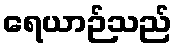
ရေယာဉ်သည်